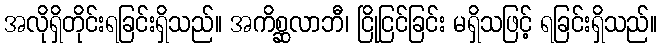
အလိုရှိတိုင်းရခြင်းရှိသည်။ အကိစ္ဆလာဘီ၊ ငြိုငြင်ခြင်း မရှိသဖြင့် ရခြင်းရှိသည်။